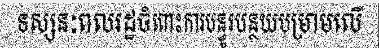
ទស្សនៈពលរដ្ឋចំពោះការបន្ធូរបន្ថយបម្រាមលើ